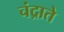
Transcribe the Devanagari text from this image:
चंद्राते